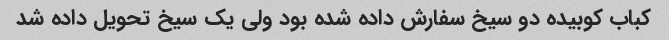
کباب کوبیده دو سیخ سفارش داده شده بود ولی یک سیخ تحویل داده شد